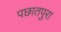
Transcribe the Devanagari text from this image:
पछातपुरा